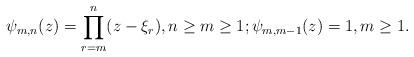
LaTeX: \begin{align*}\psi_{m,n}(z)=\prod^{n}_{r=m}(z-\xi_{r}),n\geq m\geq 1;\psi_{m,m-1}(z)=1, m\geq 1.\end{align*}